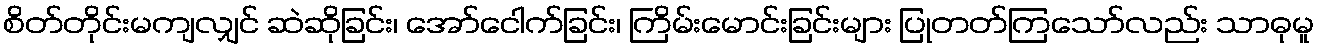
စိတ်တိုင်းမကျလျှင် ဆဲဆိုခြင်း၊ အော်ငေါက်ခြင်း၊ ကြိမ်းမောင်းခြင်းများ ပြုတတ်ကြသော်လည်း သာဓုမူ